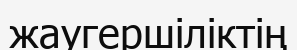
жаугершіліктің